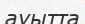
ауытта